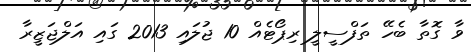
ވާ ގޮތާ ބެހޭ ތަފްސީލީ ރިޕޯޓެއް 10 ޖުލައި 2013 ގައި އަލްޖަޒީރާ